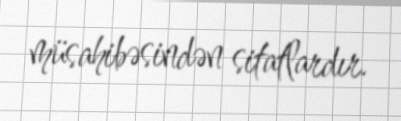
müsahibəsindən sitatlardır.